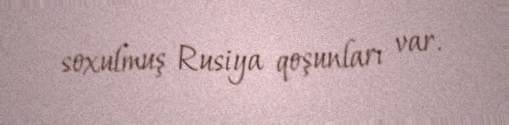
soxulmuş Rusiya qoşunları var.